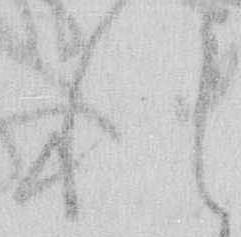
れ